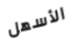
الأسهل